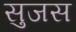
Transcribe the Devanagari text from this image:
सुजस